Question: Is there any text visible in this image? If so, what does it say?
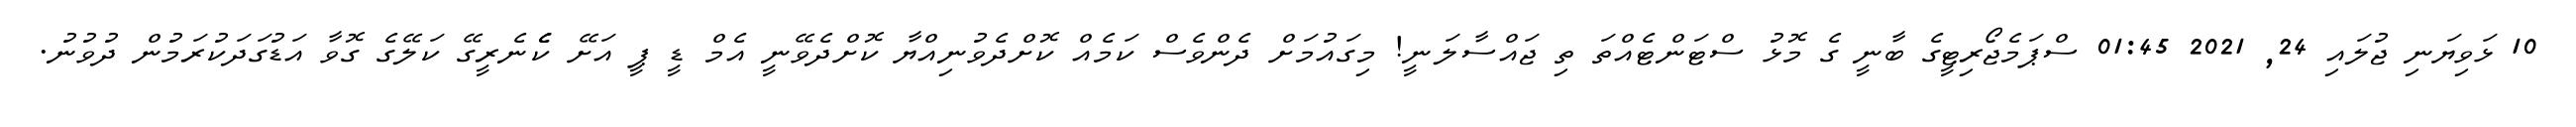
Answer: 10 ޅަވިޔަނި ޖުލައި 24, 2021 01:45 ސްޕަމެޖޯރިޓީގެ ބާނީ ގެ މޮޅު ސްޓަންޓެއްތަ ތި ޖައްސާލަނީ! މިގައުމަށް ދެންވެސް ކަމެއް ކޮށްދެވުނިއްޔާ ކޮށްދެވޭނީ އެމް ޑީ ޕީ އަށޭ ކެެެނެރީގޭ ކަލޭގެ ގޮވާ އަޑުގަދަކުރަމުން ދުވުނު.